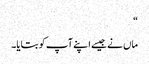
“
ماں نے جیسے اپنے آپ کو بتایا۔